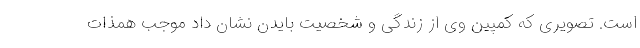
است. تصویری که کمپین وی از زندگی و شخصیت بایدن نشان داد موجب همذات